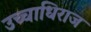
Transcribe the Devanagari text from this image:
उच्चाधिराज